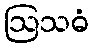
ဩသဓံ